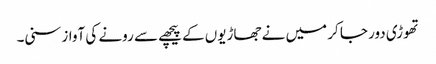
تھوڑی دور جا کر میں نے جھاڑیوں کے پیچھے سے رونے کی آواز سنی۔